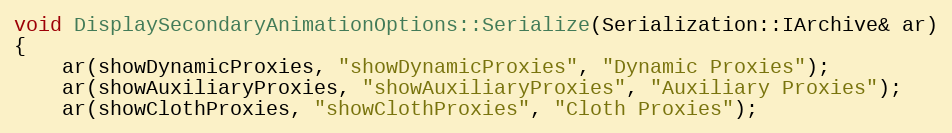
Language: C++
void DisplaySecondaryAnimationOptions::Serialize(Serialization::IArchive& ar)
{
	ar(showDynamicProxies, "showDynamicProxies", "Dynamic Proxies");
	ar(showAuxiliaryProxies, "showAuxiliaryProxies", "Auxiliary Proxies");
	ar(showClothProxies, "showClothProxies", "Cloth Proxies");